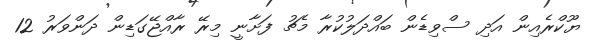
ޔޫކްރެއިން އަދި ސްވިޑެން ބައްދަލުކުރާ މެޗު ފަށާނީ މިރޭ ރާއްޖޭގަޑިން ދަންވަރު 12